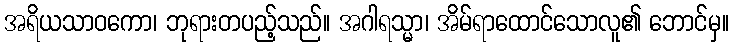
အရိယသာဝကော၊ ဘုရားတပည့်သည်။ အဂါရသ္မာ၊ အိမ်ရာထောင်သောလူ၏ ဘောင်မှ။